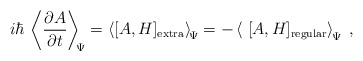
\begin{align*}i \hbar \,\left\langle\frac{\partial A}{ \partial t}\right\rangle_{\scriptstyle \! \! \Psi}=\left\langle [A,H]_{\rm extra}\right\rangle_{\scriptstyle \! \Psi}=-\left\langle \; [A,H]_{\rm regular} \right\rangle_{\scriptstyle \! \Psi}\; ,\end{align*}